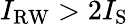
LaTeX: I_{\mathrm{RW}}>2I_{\mathrm{S}}